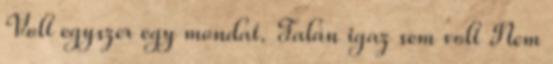
Volt egyszer egy mondat. Talán igaz sem volt Nem